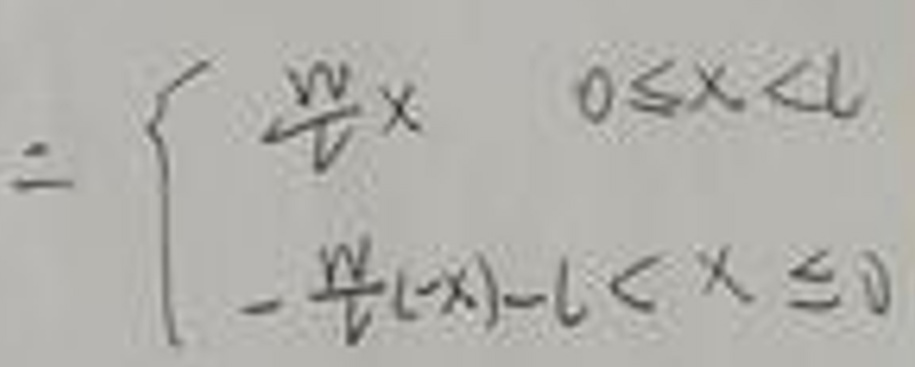
\[
= \begin{cases}
\frac{w}{l}x & 0\leq x < l \\
-\frac{w}{l}(-x) & -l < x \leq 0
\end{cases}
\]